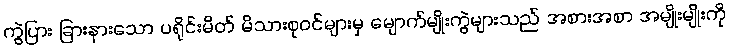
ကွဲပြား ခြားနားသော ပရိုင်းမိတ် မိသားစုဝင်များမှ မျောက်မျိုးကွဲများသည် အစားအစာ အမျိုးမျိုးကို